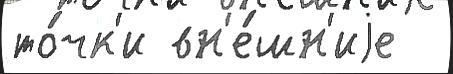
то́чк'и вн'е́шн'иjе